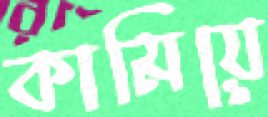
কামিয়ে